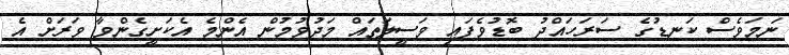
ނަމަވެސް ކަނޑުގެ ސަރަހައްދު ބޮޑުވެފައި ވަސީލަތައް މަދުވުމުން އެންމެ އެކަށީގެންވާ ވަރަށް އެ